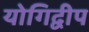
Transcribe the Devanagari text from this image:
योगिद्वीप